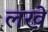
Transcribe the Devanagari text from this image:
लखे